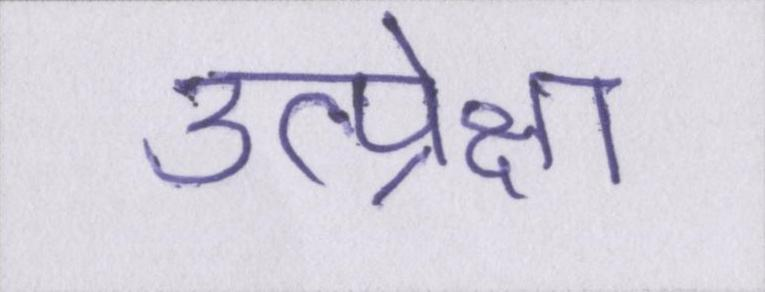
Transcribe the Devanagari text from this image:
उत्प्रेक्षा